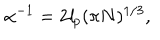
LaTeX: \alpha ^ { - 1 } = 2 \mathit { l } _ { p } ( \pi N ) ^ { 1 / 3 } ,